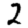
Digit: 2